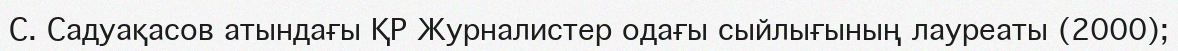
С. Садуақасов атындағы ҚР Журналистер одағы сыйлығының лауреаты (2000);